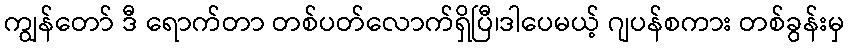
ကျွန်တော် ဒီ ရောက်တာ တစ်ပတ်လောက်ရှိပြီ၊ဒါပေမယ့် ဂျပန်စကား တစ်ခွန်းမှ